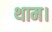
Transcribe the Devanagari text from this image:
थाम।